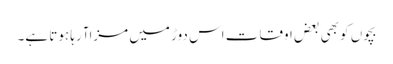
بچوں کو بھی بعض اوقات اس دوڑ میں مزاآرہا ہوتا ہے۔